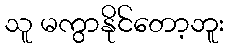
သူ မကွာနိုင်တော့ဘူး